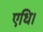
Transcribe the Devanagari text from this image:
एधि।